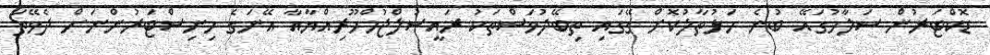
ޑޮކްޓަރުން ސަލާމުގައޭ ބުނެ ހަޅުތާލުކޮށް ގޭގައި ތިބޭދުވަސްތަކު ރައީސުލްޖުމްހޫރިއްޔާއާ އޭނަގެ މިނިސްޓަރުންނަށް ދެވޭތަ